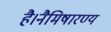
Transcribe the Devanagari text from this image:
है।नैमिषारण्य